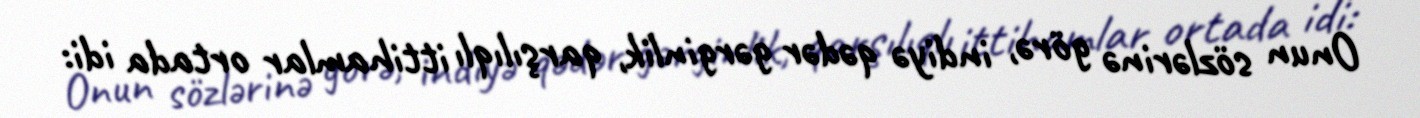
Onun sözlərinə görə, indiyə qədər gərginlik, qarşılıqlı ittihamlar ortada idi: